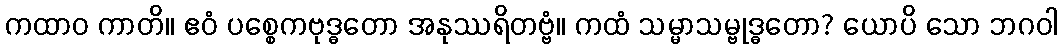
ကထာဝ ကာတိ။ ဧဝံ ပစ္စေကဗုဒ္ဓတော အနုဿရိတဗ္ဗံ။ ကထံ သမ္မာသမ္ဗုဒ္ဓတော? ယောပိ သော ဘဂဝါ